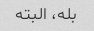
بله، البته